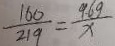
\frac { 1 6 0 } { 2 1 9 } = \frac { 9 . 6 g } { x }